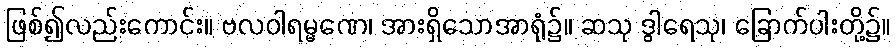
ဖြစ်၍လည်းကောင်း။ ဗလဝါရမ္မဏေ၊ အားရှိသောအာရုံ၌။ ဆသု ဒွါရေသု၊ ခြောက်ပါးတို့၌။